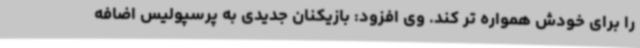
را برای خودش همواره تر کند. وی افزود: بازیکنان جدیدی به پرسپولیس اضافه